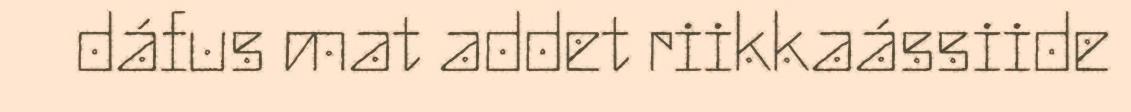
dáfus mat addet riikkaássiide